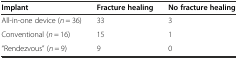
<table><thead><tr><td><b>Implant</b></td><td><b>Fracture healing</b></td><td><b>No fracture healing</b></td></tr></thead><tbody><tr><td>All-in-one device (<i>n</i> = 36)</td><td>33</td><td>3</td></tr><tr><td>Conventional (<i>n</i> = 16)</td><td>15</td><td>1</td></tr><tr><td>“Rendezvous” (<i>n</i> = 9)</td><td>9</td><td>0</td></tr></tbody></table>